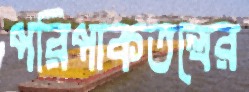
পরিপাকতন্ত্রের